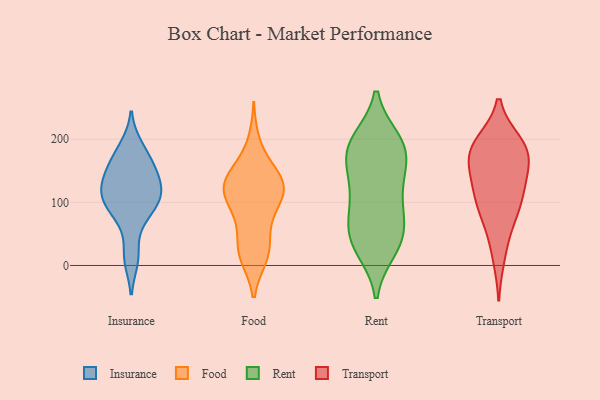
{"axis": {"x": "Revenue (USD Million)", "y": "Value"}, "legend": ["Food", "Insurance", "Rent", "Transport"], "data": [{"x": "", "y": 90, "type": "Insurance"}, {"x": "", "y": 183, "type": "Insurance"}, {"x": "", "y": 10, "type": "Insurance"}, {"x": "", "y": 188, "type": "Insurance"}, {"x": "", "y": 111, "type": "Insurance"}, {"x": "", "y": 119, "type": "Insurance"}, {"x": "", "y": 150, "type": "Insurance"}, {"x": "", "y": 118, "type": "Insurance"}, {"x": "", "y": 71, "type": "Insurance"}, {"x": "", "y": 148, "type": "Insurance"}, {"x": "", "y": 100, "type": "Insurance"}, {"x": "", "y": 118, "type": "Insurance"}, {"x": "", "y": 15, "type": "Insurance"}, {"x": "", "y": 157, "type": "Insurance"}, {"x": "", "y": 158, "type": "Insurance"}, {"x": "", "y": 87, "type": "Insurance"}, {"x": "", "y": 119, "type": "Insurance"}, {"x": "", "y": 129, "type": "Food"}, {"x": "", "y": 107, "type": "Food"}, {"x": "", "y": 15, "type": "Food"}, {"x": "", "y": 128, "type": "Food"}, {"x": "", "y": 14, "type": "Food"}, {"x": "", "y": 129, "type": "Food"}, {"x": "", "y": 43, "type": "Food"}, {"x": "", "y": 13, "type": "Food"}, {"x": "", "y": 88, "type": "Food"}, {"x": "", "y": 133, "type": "Food"}, {"x": "", "y": 124, "type": "Food"}, {"x": "", "y": 124, "type": "Food"}, {"x": "", "y": 67, "type": "Food"}, {"x": "", "y": 158, "type": "Food"}, {"x": "", "y": 112, "type": "Food"}, {"x": "", "y": 91, "type": "Food"}, {"x": "", "y": 196, "type": "Food"}, {"x": "", "y": 30, "type": "Food"}, {"x": "", "y": 150, "type": "Food"}, {"x": "", "y": 157, "type": "Rent"}, {"x": "", "y": 195, "type": "Rent"}, {"x": "", "y": 141, "type": "Rent"}, {"x": "", "y": 86, "type": "Rent"}, {"x": "", "y": 180, "type": "Rent"}, {"x": "", "y": 35, "type": "Rent"}, {"x": "", "y": 131, "type": "Rent"}, {"x": "", "y": 112, "type": "Rent"}, {"x": "", "y": 196, "type": "Rent"}, {"x": "", "y": 28, "type": "Rent"}, {"x": "", "y": 166, "type": "Rent"}, {"x": "", "y": 199, "type": "Rent"}, {"x": "", "y": 67, "type": "Rent"}, {"x": "", "y": 41, "type": "Rent"}, {"x": "", "y": 193, "type": "Rent"}, {"x": "", "y": 25, "type": "Rent"}, {"x": "", "y": 86, "type": "Rent"}, {"x": "", "y": 60, "type": "Rent"}, {"x": "", "y": 194, "type": "Transport"}, {"x": "", "y": 151, "type": "Transport"}, {"x": "", "y": 154, "type": "Transport"}, {"x": "", "y": 184, "type": "Transport"}, {"x": "", "y": 119, "type": "Transport"}, {"x": "", "y": 91, "type": "Transport"}, {"x": "", "y": 117, "type": "Transport"}, {"x": "", "y": 82, "type": "Transport"}, {"x": "", "y": 195, "type": "Transport"}, {"x": "", "y": 13, "type": "Transport"}, {"x": "", "y": 175, "type": "Transport"}, {"x": "", "y": 192, "type": "Transport"}, {"x": "", "y": 55, "type": "Transport"}, {"x": "", "y": 108, "type": "Transport"}, {"x": "", "y": 163, "type": "Transport"}]}